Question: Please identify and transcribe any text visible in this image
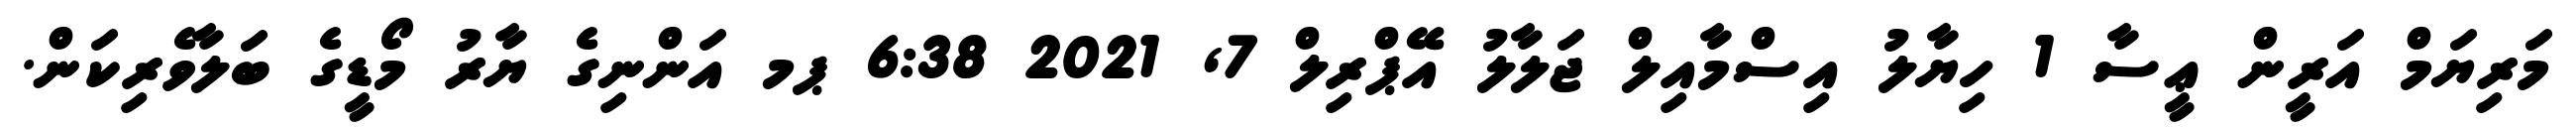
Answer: މަރިޔަމް އަރީން ޢީސާ 1 ހިޔާލު އިސްމާއިލް ޖަލާލު އޭޕްރިލް 7, 2021 6:38 ޕމ އަންނިގެ ޔާރު މޯޑީގެ ބަލާވެރިކަން.